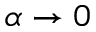
\alpha \to 0